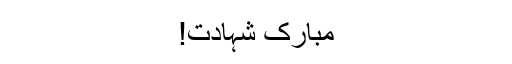
مبارک شہادت!